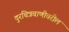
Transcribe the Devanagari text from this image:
दुरचित्रवाणीवरील